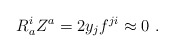
\begin{align*}R^i_aZ^a=2y_jf^{ji}\approx 0 \ .\end{align*}